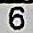
6